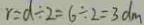
r = d \div 2 = 6 \div 2 = 3 d m